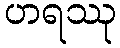
ဟရဿု